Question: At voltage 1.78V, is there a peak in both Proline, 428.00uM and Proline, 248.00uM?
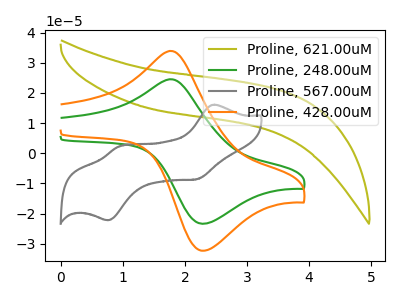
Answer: <think>The olive curve "Proline, 621.00uM" has no peaks. The green curve "Proline, 248.00uM" has an anodic peak at (1.80V, 24.55uA) and a cathodic peak at (2.30V, -23.40uA). The gray curve "Proline, 567.00uM" has anodic peaks at (2.45V, 16.10uA) (0.90V, 2.10uA) and cathodic peaks at (2.20V, -8.60uA) (0.75V, -22.25uA). The orange curve "Proline, 428.00uM" has an anodic peak at (1.80V, 33.95uA) and a cathodic peak at (2.30V, -32.35uA).</think>
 <answer>Yes, "Proline, 428.00uM" and "Proline, 248.00uM" share a peak at 1.78V.</answer>
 <eval>match</eval>